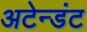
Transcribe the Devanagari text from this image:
अटेन्डंट